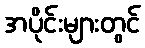
အပိုင်းများတွင်